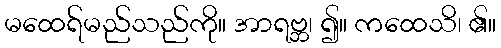
မထေရ်မည်သည်ကို။ အာရဗ္ဘ၊ ၍။ ကထေသိ၊ ၏။